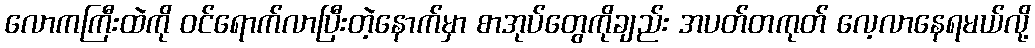
လောကကြီးထဲကို ဝင်ရောက်လာပြီးတဲ့နောက်မှာ စာအုပ်တွေကိုချည်း အပတ်တကုတ် လေ့လာနေရမယ်လို့